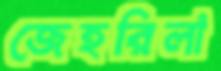
জেহরিলা